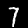
Label: 7